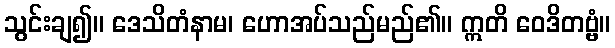
သွင်းချ၍။ ဒေသိတံနာမ၊ ဟောအပ်သည်မည်၏။ ဣတိ ဝေဒိတဗ္ဗံ။